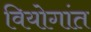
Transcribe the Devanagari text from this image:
वियोगांत